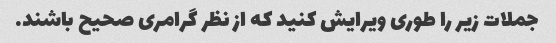
جملات زیر را طوری ویرایش کنید که از نظر گرامری صحیح باشند.